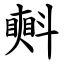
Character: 㪺